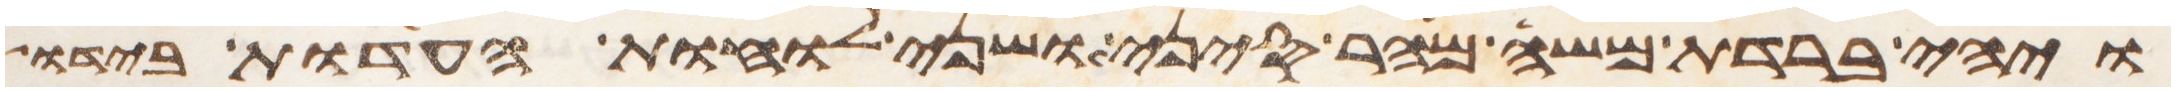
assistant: ויהי ברדת משה מהר סיני ושני לוחת העדות בידו